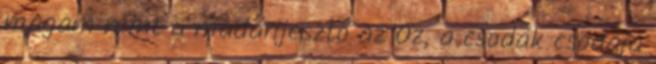
magam mint a madárijesztő az Óz, a csodák csodája